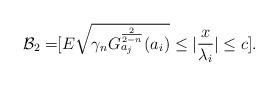
LaTeX: \begin{align*}\mathcal{B}_{2}= &[E\sqrt{\gamma_{n}G^{\frac{2}{2-n}}_{a_{j}}(a_{i})}\leq \vert \frac{x}{\lambda_{i}}\vert \leq c].\end{align*}